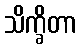
သိက္ခိတာ